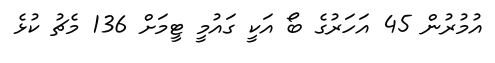
އުމުރުން 45 އަހަރުގެ ބޯ އަކީ ގައުމީ ޓީމަށް 136 މެޗު ކުޅެ